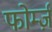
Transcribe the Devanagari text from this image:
फोर्म्ज़